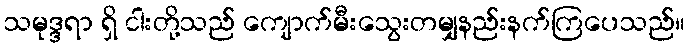
သမုဒ္ဒရာ ရှိ ငါးတို့သည် ကျောက်မီးသွေးတမျှနည်းနက်ကြပေသည်။